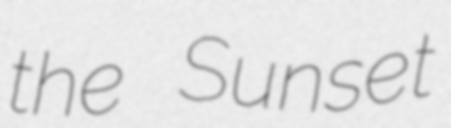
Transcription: the Sunset